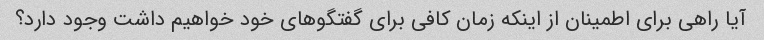
آیا راهی برای اطمینان از اینکه زمان کافی برای گفتگوهای خود خواهیم داشت وجود دارد؟